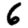
Digit: 6